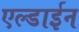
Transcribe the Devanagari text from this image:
एल्डाईन